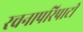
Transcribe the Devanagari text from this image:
रचनापरिपाटी